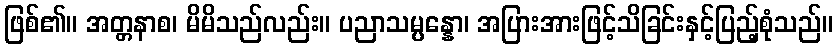
ဖြစ်၏။ အတ္တနာစ၊ မိမိသည်လည်း။ ပညာသမ္ပန္နော၊ အပြားအားဖြင့်သိခြင်းနှင့်ပြည့်စုံသည်။